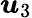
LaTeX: \displaystyle\boldsymbol{u}_{3}